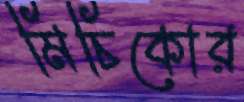
মিচিকোর